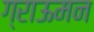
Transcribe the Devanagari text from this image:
ग्राऊमन